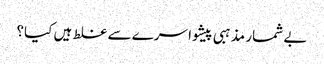
بے شمار مذہبی پیشوا سرے سے غلط ہیں کیا؟